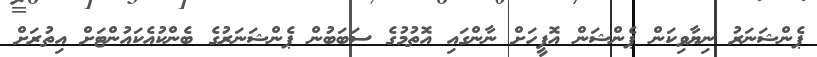
ޕެންޝަނަރު ނިޔާވިކަން ޕެންޝަން އޮފީހަށް ނާންގައި އޮތުމުގެ ސަބަބުން ޕެންޝަނަރުގެ ބެންކުއެކައުންޓަށް އިތުރަށް